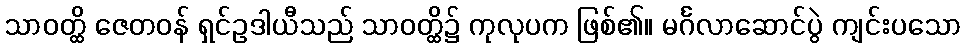
သာဝတ္ထိ ဇေတဝန် ရှင်ဥဒါယီသည် သာဝတ္ထိ၌ ကုလုပက ဖြစ်၏။ မင်္ဂလာဆောင်ပွဲ ကျင်းပသော